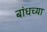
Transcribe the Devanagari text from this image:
बांधच्या